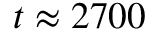
t \approx 2 7 0 0